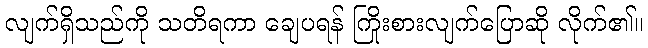
လျက်ရှိသည်ကို သတိရကာ ချေပရန် ကြိုးစားလျက်ပြောဆို လိုက်၏။